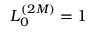
L _ { 0 } ^ { ( 2 M ) } = 1